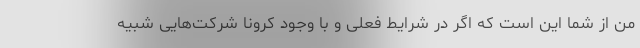
من از شما این است که اگر در شرایط فعلی و با وجود کرونا شرکت‌هایی شبیه